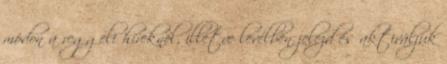
módon a reggeli híreknél, illetve levélben jelezd és aktiváljuk